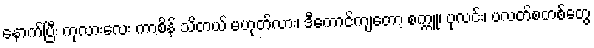
နောက်ပြီး ကုလားလေး ကာစိန် သိတယ် မဟုတ်လား၊ ဒီကောင်ကျတော့ စက္ကူ၊ ပုလင်း၊ ပလတ်စတစ်တွေ